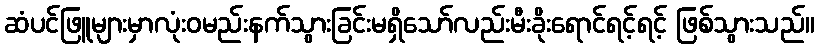
ဆံပင်ဖြူများမှာလုံးဝမည်းနက်သွားခြင်းမရှိသော်လည်းမီးခိုးရောင်ရင့်ရင့် ဖြစ်သွားသည်။